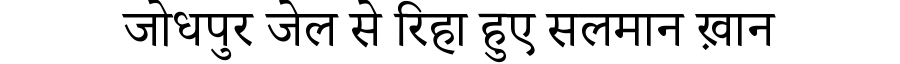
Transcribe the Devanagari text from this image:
जोधपुर जेल से रिहा हुए सलमान ख़ान